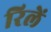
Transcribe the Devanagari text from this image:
रिलें